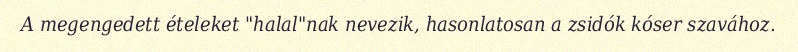
A megengedett ételeket "halal"nak nevezik, hasonlatosan a zsidók kóser szavához.